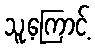
သူ့ကြောင့်